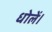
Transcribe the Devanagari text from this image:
धोलें।